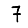
Digit: 7